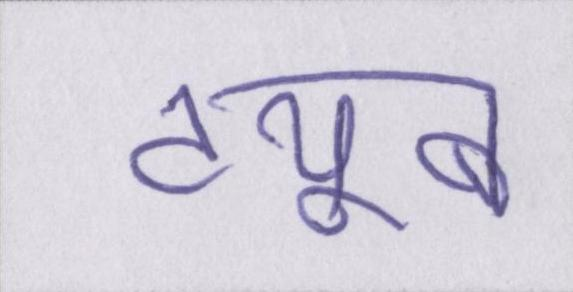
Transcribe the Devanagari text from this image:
ट्यूब